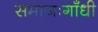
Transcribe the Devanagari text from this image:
समाजःगाँधी